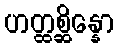
ဟတ္ထစ္ဆိန္နော